Tartu_linnavalitsus, lk 24
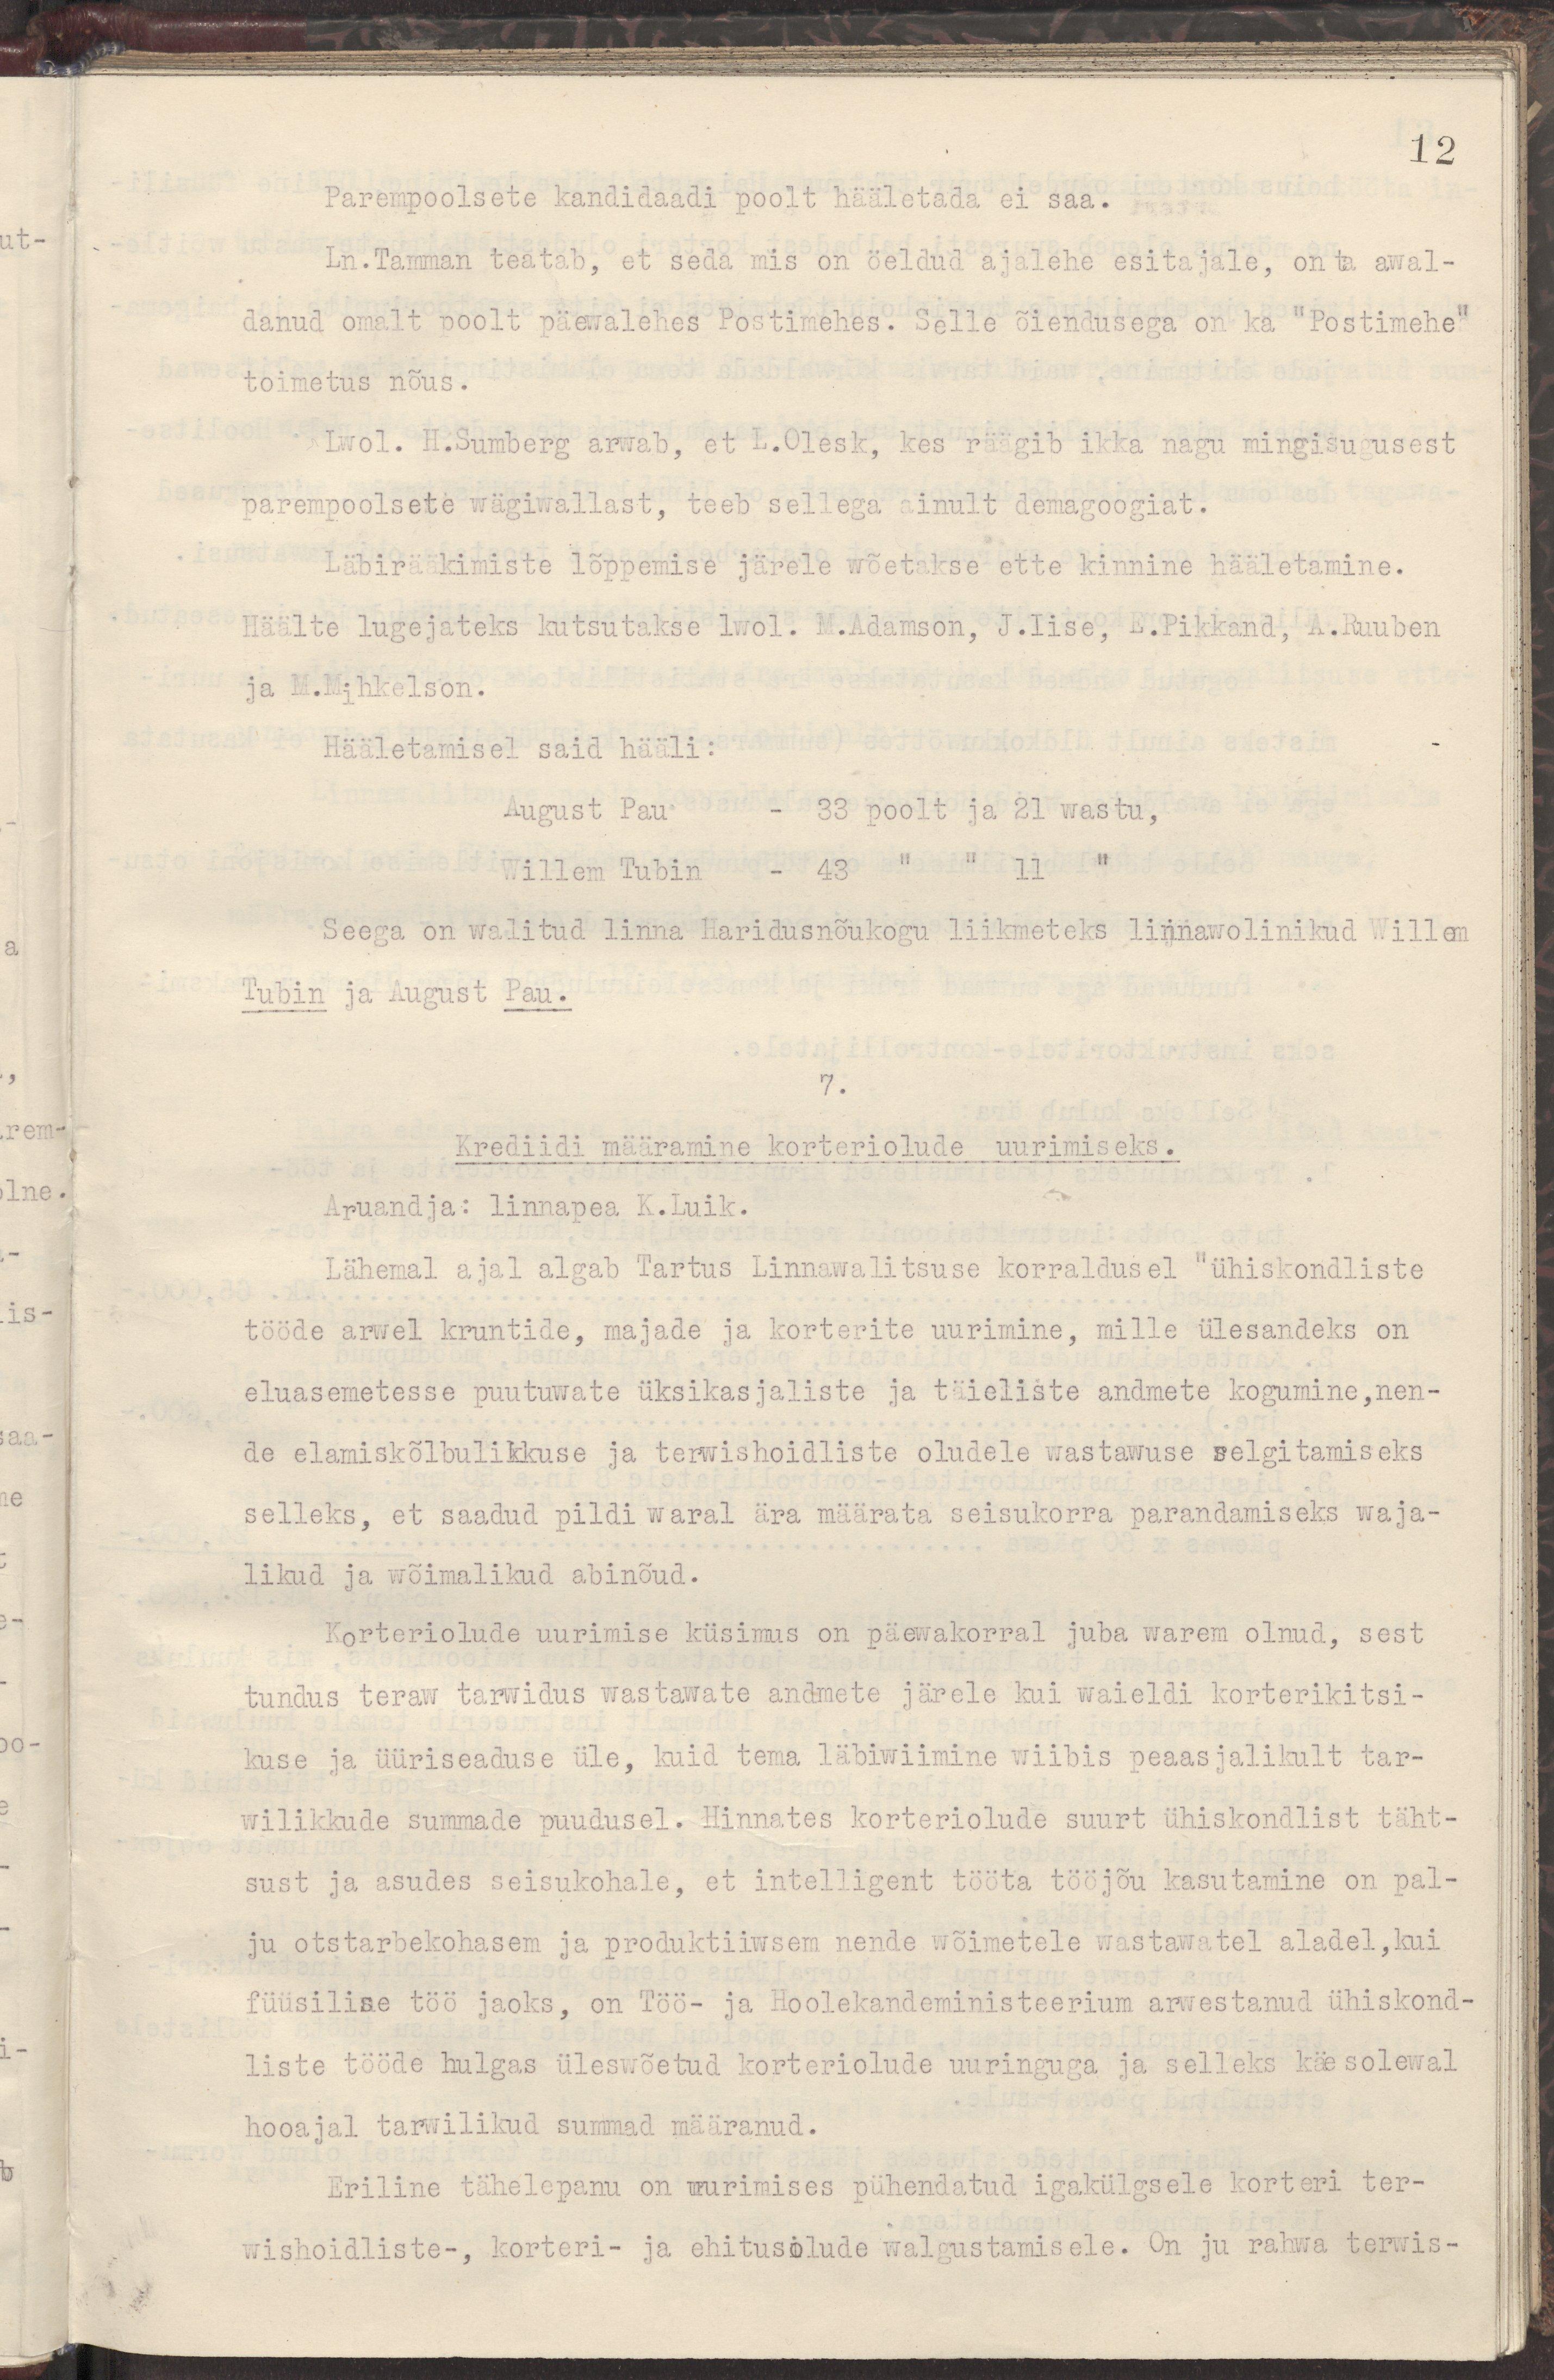
12
Parempoolsete kandidaadi poolt hääletada ei saa.
Ln.Tamman teatab, et seda mis on öeldud ajalehe esitajale, on ta awal-
danud omalt poolt päewalehes Postimees. Selle õiendusega on ka "Postimehe"
toimetus nõus.
Lwol. H.Sumberg arwab, et L.Olesk, kes räägib ikka nagu mingisugusest
parempoolsete wägiwallast, teeb sellega ainult demagoogiat.
Läbirääkimiste lõppemise järele wõetakse ette kinnine hääletamine.
Häälte lugejateks kutsutakse lwol. M.Adamson, J.Iise, E.Pikkand, A.Ruuben
ja M.Mihkelson.
Hääletamisel said hääli:
August Pau - 33 poolt ja 21 wastu, 
Willem Tubin - 43 " " 11 "
Seega on walitud linna Haridusnõukogu liikmeteks linnawolinikud Willem
Tubin ja August Pau.
7.
Krediidi määramine korteriolude uurimiseks.
Aruandja: linnapea K.Luik.
Lähemal ajal algab Tartus Linnawalitsuse korraldusel "ühiskondliste
tööde arwel kruntide, majade ja korterite uurimine, mille ülesandeks on
eluasemetesse puutuwate üksikasjaliste ja täieliste andmete kogumine, nen-
de elamiskõlbulikkuse ja terwishoidliste olude wastawuse selgitamiseks
selleks, et saadud pildi waral ära määrata seisukorra parandamiseks waja-
likud ja wõimalikud abinõud.
Korteriolude uurimise küsimus on päewakorral juba warem olnud, sest
tundus teraw tarwidus wastawate andmete järele kui waieldi korterikitsi-
kuse ja üüriseaduse üle, kuid tema läbiwiimine wiibis peaasjalikult tar-
wilikkude summade puudusel. Hinnates korteriolude suurt ühiskondlist täht-
sust ja asudes seisukohale, et intelligent tööta tööjõu kasutamine on pal-
ju otstarbekohasem ja produktiiwsem nende wõimetele wastawatel aladel,kui
füüsilise töö jaoks, on Töö- ja Hoolekandeministeerium arwestanud ühiskond-
liste tööde hulgas üleswõetud korteriolude uuringuga ja selleks käesolewal
hooajal tarwilikud summad määranud.
Eriline tähelepanu on uurimises pühendatud igakülgsele korteri ter-
wishoidliste-, korteri- ja ehitusolude walgustamisele. On ju rahwa terwis-